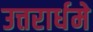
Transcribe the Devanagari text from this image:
उत्तरार्धमे